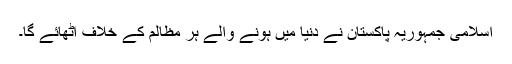
اسلامی جمہوریہ پاکستان نے دنیا میں ہونے والے ہر مظالم کے خلاف اٹھائے گا۔